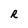
Character: R